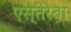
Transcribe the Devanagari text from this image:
एस्तेरबा